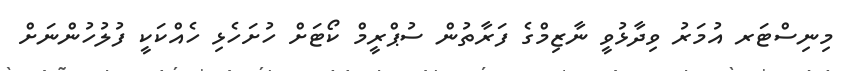
މިނިސްޓަރ އުމަރު ވިދާޅުވީ ނާޒިމްގެ ފަރާތުން ސުޕްރީމް ކޯޓަށް ހުށަހެޅި ހެއްކަކީ ފުލުހުންނަށް